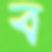
ব